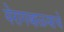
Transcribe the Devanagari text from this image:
येरागबाळ्याचे